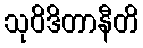
သုဝိဒိတာနီတိ